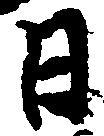
日